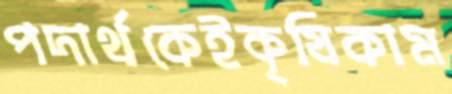
পদার্থকেইকৃষিকাম